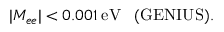
\vert M _ { e e } \vert < 0 . 0 0 1 \: \mathrm { e V } \; \; \; ( \mathrm { G E N I U S ) . }